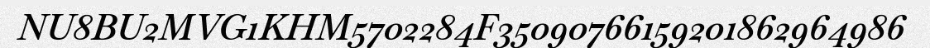
NU8BU2MVG1KHM5702284F35090766159201862964986